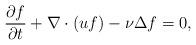
LaTeX: \begin{align*}\frac{\partial f}{\partial t} + \nabla \cdot (u f) - \nu \Delta f = 0 ,\end{align*}